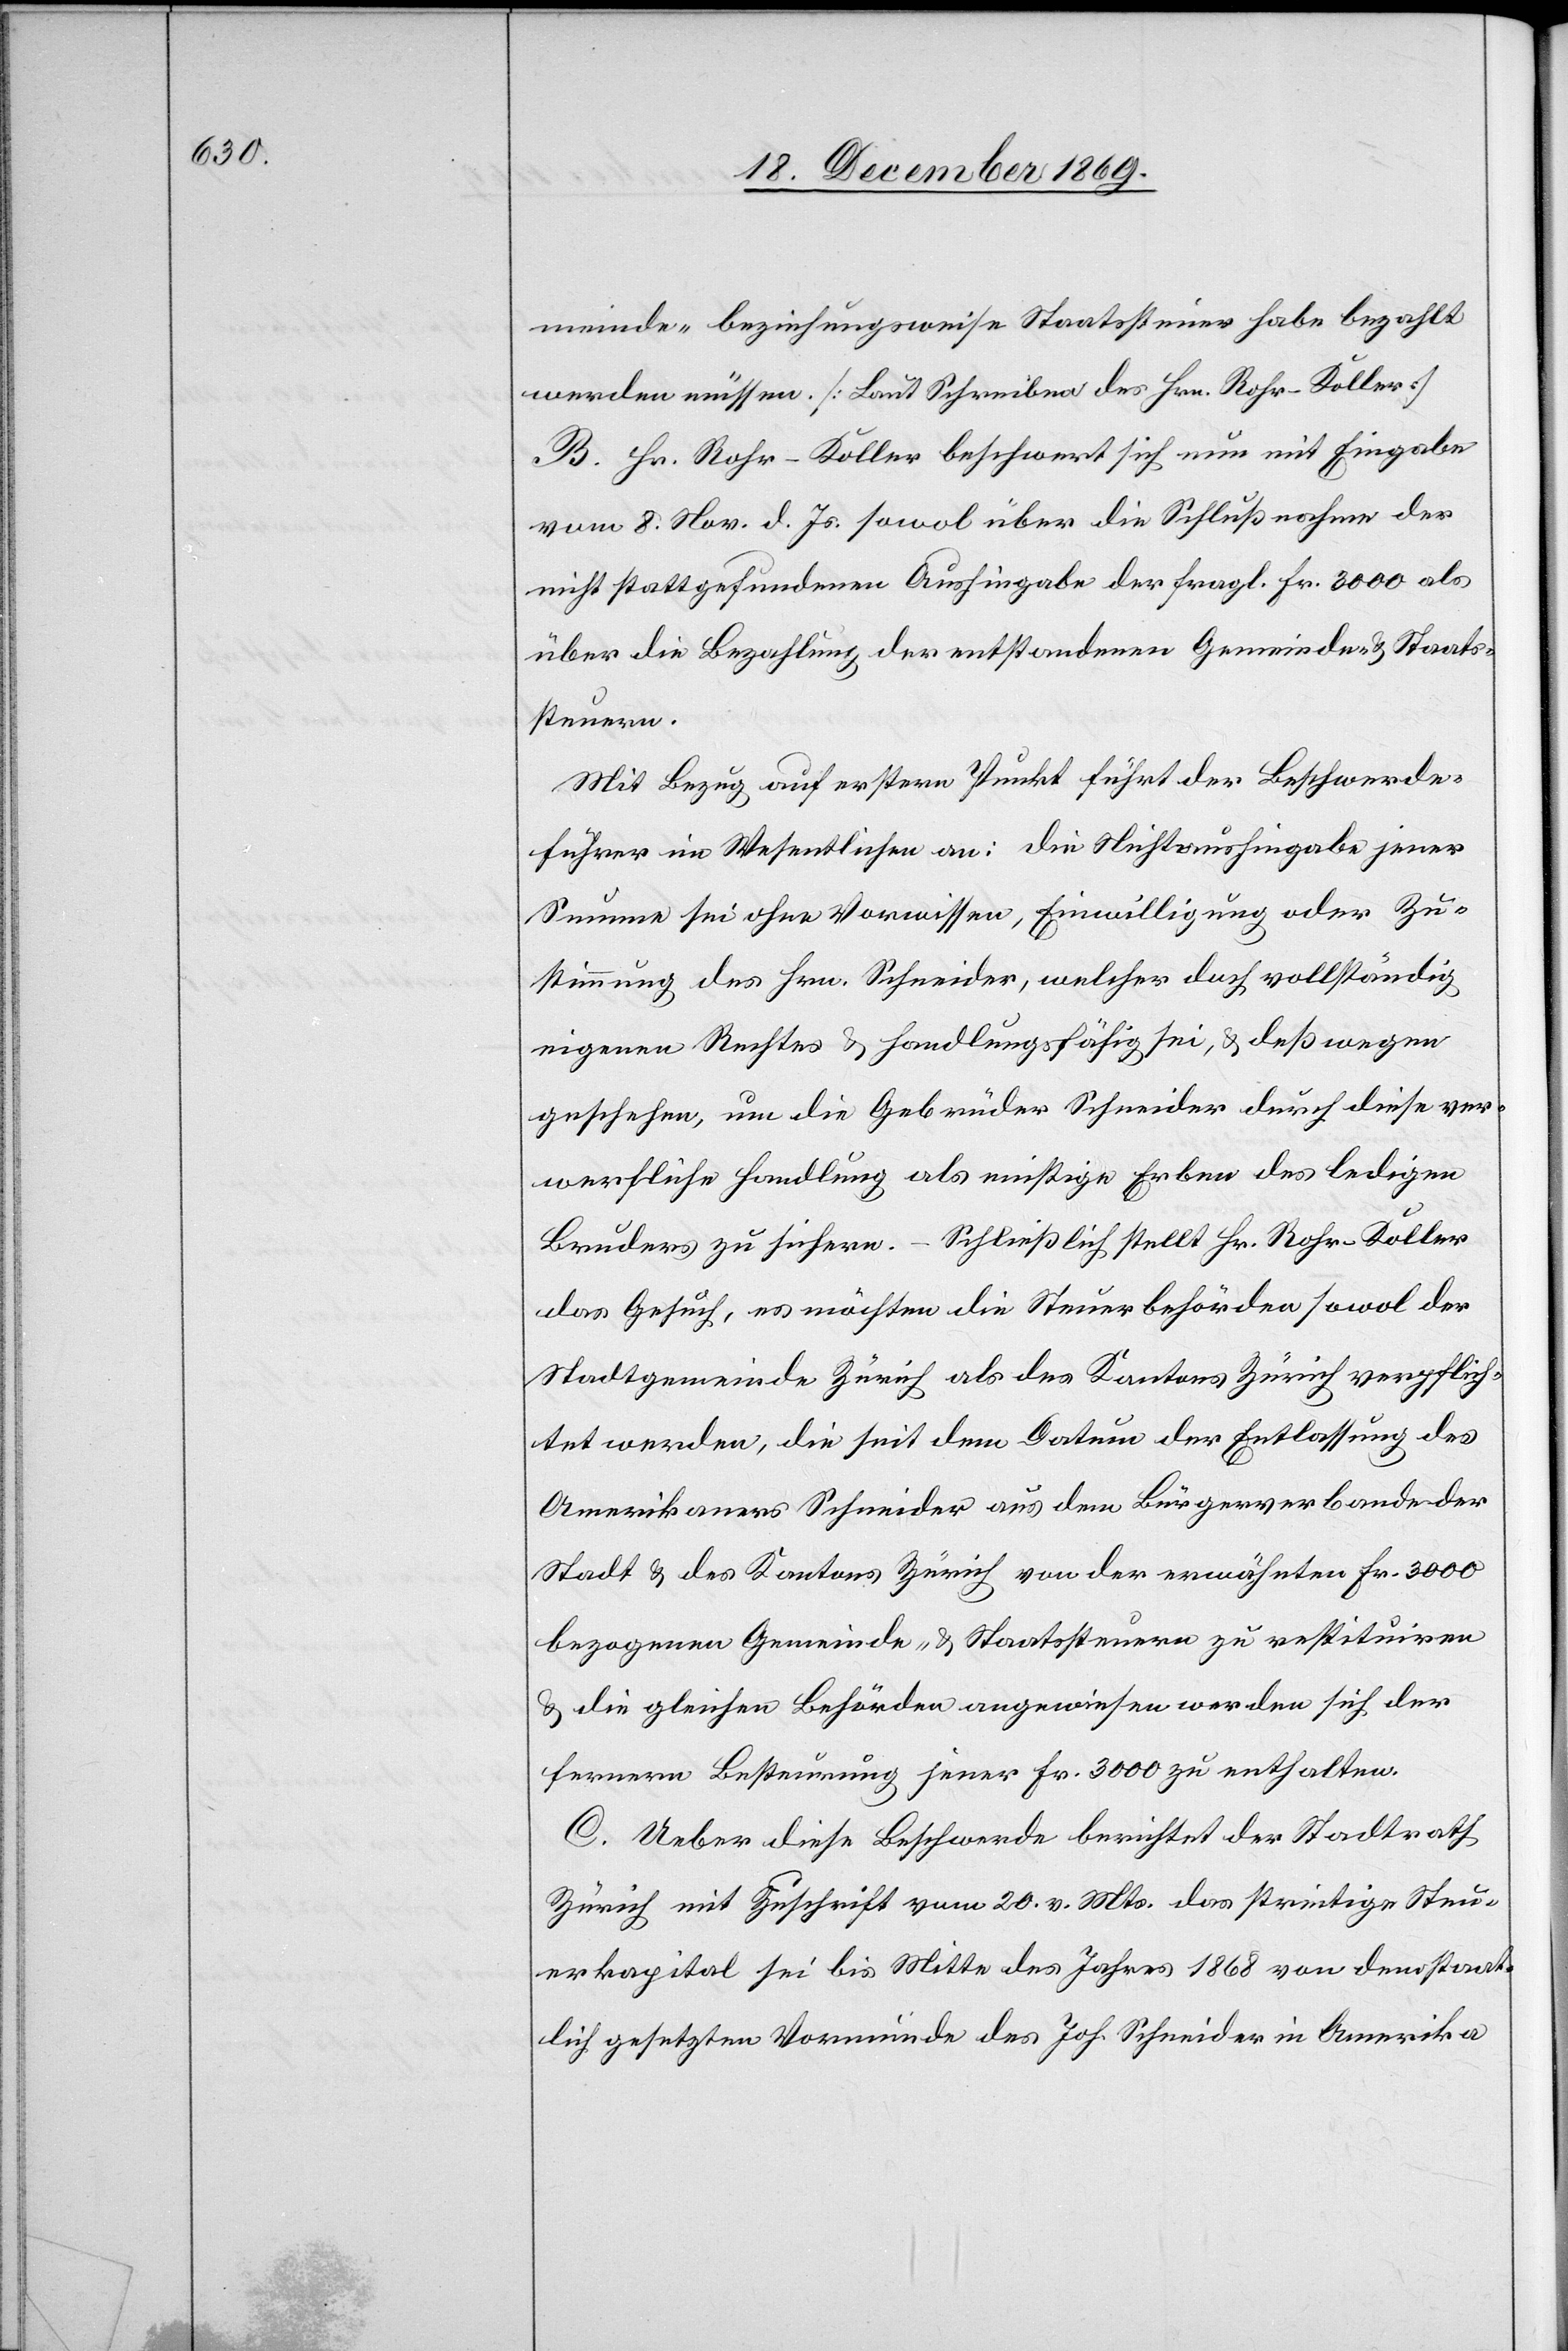
meinde- beziehungsweise Staatssteuer habe bezahlt
werden müssen. [Laut Schreiben des Hrn. Rohr-Koller]
B. Hr. Rohr-Koller beschwert sich nun mit Eingabe
vom 8. Nov. d. Js. sowol über die Schlußnahme der
nicht stattgefundenen Aushingabe der fragl. Fr. 3000 als
über die Bezahlung der entstandenen Gemeinde- & Staats¬
steuern.
Mit Bezug auf erstern Punkt führt der Beschwerde¬
führer im Wesentlichen an: die Nichtaushingabe jener
Summe sei ohne Vorwissen, Einwilligung oder Zu¬
stimmung des Hrn. Schneider, welcher doch vollständig
eigenen Rechtes & handlungsfähig sei, & deßwegen
geschehen, um die Gebrüder Schneider durch diese ver¬
werfliche Handlung als einstige Erben des ledigen
Bruders zu sichern. – Schließlich stellt Hr. Rohr-Koller
das Gesuch, es möchten die Steuerbehörden sowol der
Stadtgemeinde Zürich als des Kantons Zürich verpflich¬
tet werden, die seit dem Datum der Entlassung des
Amerikaners Schneider aus dem Bürgerverbande der
Stadt & des Kantons Zürich von der erwähnten Fr. 3000
bezogenen Gemeinde- & Staatssteuern zu restituiren
& die gleichen Behörden angewiesen werden sich der
fernern Besteurung jener Fr. 3000 zu enthalten.
C. Ueber diese Beschwerde berichtet der Stadtrath
Zürich mit Zuschrift vom 20. v. Mts. das streitige Steu¬
erkapital sei bis Mitte des Jahres 1868 von dem staat¬
lich gesetzten Vormunde des Joh. Schneider in Amerika